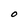
Character: O